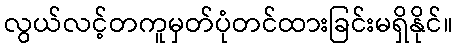
လွယ်လင့်တကူမှတ်ပုံတင်ထားခြင်းမရှိနိုင်။